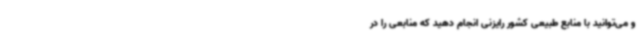
و می‌توانید با منابع طبیعی کشور رایزنی انجام دهید که منابعی را در